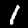
Label: 1